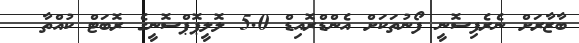
ބާޒާރަށް ނެރެފިސޮނީ ފޯނުތަކަށް އެންޑްރޮއިޑް 5.0 ލޮލީޕޮޕްސޮނީގެ ރޮބަޓް ކުއްތާ